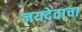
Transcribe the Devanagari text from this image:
जयदेवाचा